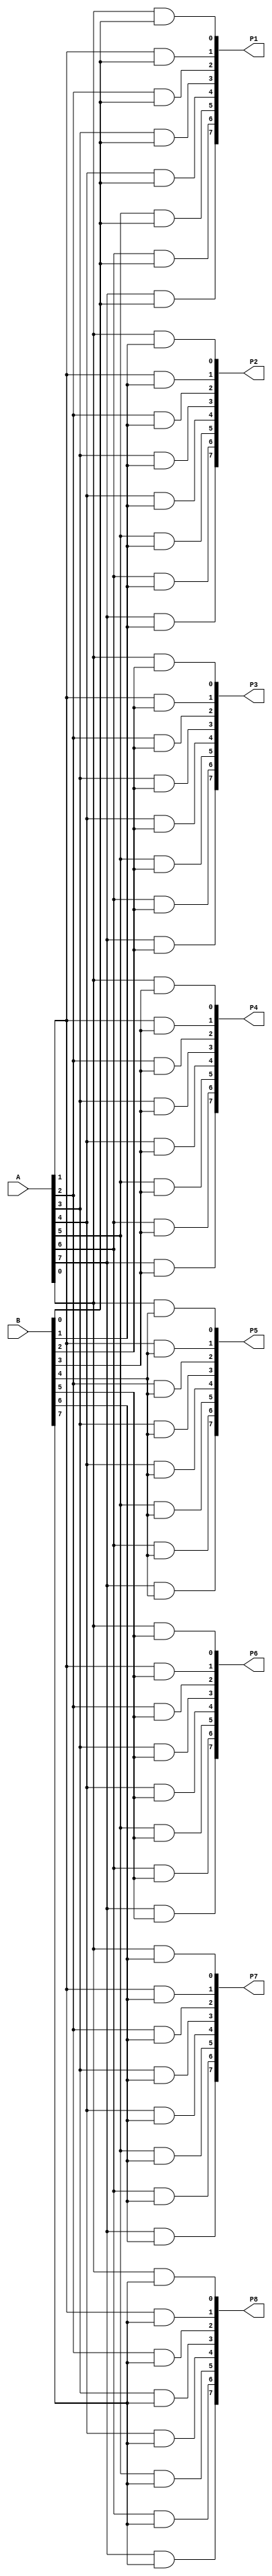
module step1(A,B,P1,P2,P3,P4,P5,P6,P7,P8);

	input [7:0] A,B;
	output [7:0] P1,P2,P3,P4,P5,P6,P7,P8;
	
	
	//level1 partial product
	
	assign P1[0] = A[0] & B[0];
	assign P1[1] = A[1] & B[0];
	assign P1[2] = A[2] & B[0];
	assign P1[3] = A[3] & B[0];
	assign P1[4] = A[4] & B[0];
	assign P1[5] = A[5] & B[0];
	assign P1[6] = A[6] & B[0];
	assign P1[7] = A[7] & B[0];
	
	//level2 partial products
	assign P2[0] = A[0] & B[1];
	assign P2[1] = A[1] & B[1];
	assign P2[2] = A[2] & B[1];
	assign P2[3] = A[3] & B[1];
	assign P2[4] = A[4] & B[1];
	assign P2[5] = A[5] & B[1];
	assign P2[6] = A[6] & B[1];
	assign P2[7] = A[7] & B[1];
	
	//level3 partial products
	assign P3[0] = A[0] & B[2];
	assign P3[1] = A[1] & B[2];
	assign P3[2] = A[2] & B[2];
	assign P3[3] = A[3] & B[2];
	assign P3[4] = A[4] & B[2];
	assign P3[5] = A[5] & B[2];
	assign P3[6] = A[6] & B[2];
	assign P3[7] = A[7] & B[2];
	
	//level4 partial products
	assign P4[0] = A[0] & B[3];
	assign P4[1] = A[1] & B[3];
	assign P4[2] = A[2] & B[3];
	assign P4[3] = A[3] & B[3];
	assign P4[4] = A[4] & B[3];
	assign P4[5] = A[5] & B[3];
	assign P4[6] = A[6] & B[3];
	assign P4[7] = A[7] & B[3];
	
	//level5 partial products
	assign P5[0] = A[0] & B[4];
	assign P5[1] = A[1] & B[4];
	assign P5[2] = A[2] & B[4];
	assign P5[3] = A[3] & B[4];
	assign P5[4] = A[4] & B[4];
	assign P5[5] = A[5] & B[4];
	assign P5[6] = A[6] & B[4];
	assign P5[7] = A[7] & B[4];
	
	//level6 partial products
	assign P6[0] = A[0] & B[5];
	assign P6[1] = A[1] & B[5];
	assign P6[2] = A[2] & B[5];
	assign P6[3] = A[3] & B[5];
	assign P6[4] = A[4] & B[5];
	assign P6[5] = A[5] & B[5];
	assign P6[6] = A[6] & B[5];
	assign P6[7] = A[7] & B[5];
	
	//level7 partial products
	assign P7[0] = A[0] & B[6];
	assign P7[1] = A[1] & B[6];
	assign P7[2] = A[2] & B[6];
	assign P7[3] = A[3] & B[6];
	assign P7[4] = A[4] & B[6];
	assign P7[5] = A[5] & B[6];
	assign P7[6] = A[6] & B[6];
	assign P7[7] = A[7] & B[6];
	
	
	//level8 partial products
	assign P8[0] = A[0] & B[7];
	assign P8[1] = A[1] & B[7];
	assign P8[2] = A[2] & B[7];
	assign P8[3] = A[3] & B[7];
	assign P8[4] = A[4] & B[7];
	assign P8[5] = A[5] & B[7];
	assign P8[6] = A[6] & B[7];
	assign P8[7] = A[7] & B[7];
	
endmodule